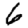
Digit: 6